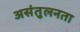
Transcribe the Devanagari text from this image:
असंतुलनता